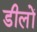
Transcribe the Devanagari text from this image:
डीलों